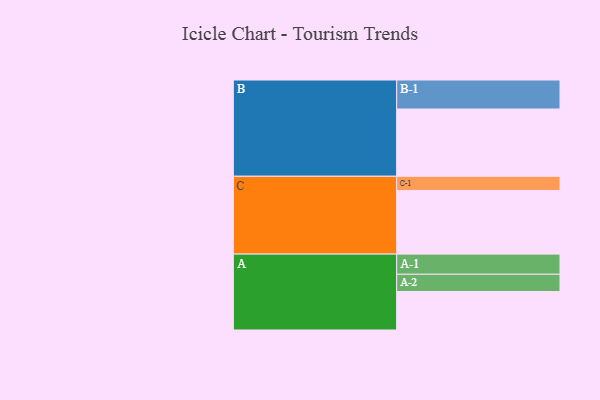
{"axis": {"x": "Segment", "y": "Value"}, "legend": ["", "A", "B", "C"], "data": [{"x": "A", "y": 334, "type": ""}, {"x": "B", "y": 584, "type": ""}, {"x": "C", "y": 553, "type": ""}, {"x": "A-1", "y": 175, "type": "A"}, {"x": "A-2", "y": 150, "type": "A"}, {"x": "B-1", "y": 252, "type": "B"}, {"x": "C-1", "y": 123, "type": "C"}]}